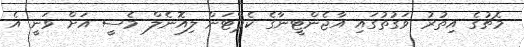
މެޗުގެ އިތުރު ވަގުތުގައި އާޖެންޓީނާގެ ކެޕްޓަން ލިއޮނެލް މެސީ އަށް ވަނީ އެ